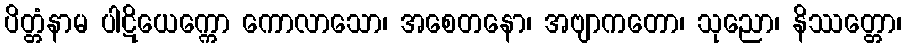
ပိတ္တံနာမ ပါဋိယေက္ကော ကောလာသော၊ အစေတနော၊ အဗျာကတော၊ သုညော၊ နိဿတ္တော၊